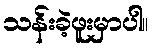
သန်းခဲ့ဖူးမှာပါ။